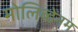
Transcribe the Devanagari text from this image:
मोलिब्डेंनम